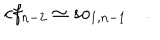
LaTeX: c f _ { n - 2 } \simeq s o _ { 1 , n - 1 } \quad .